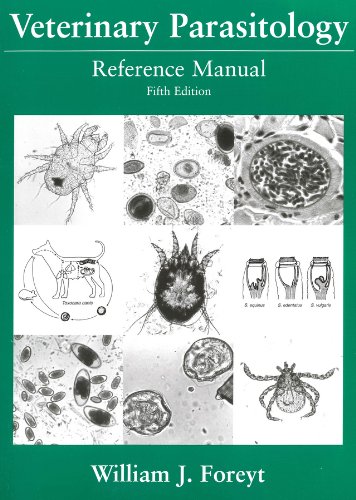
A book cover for Veterinary Parasitology: Reference Manual; William J. Foreyt; Medical Books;